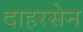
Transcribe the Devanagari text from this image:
दाहरसेन